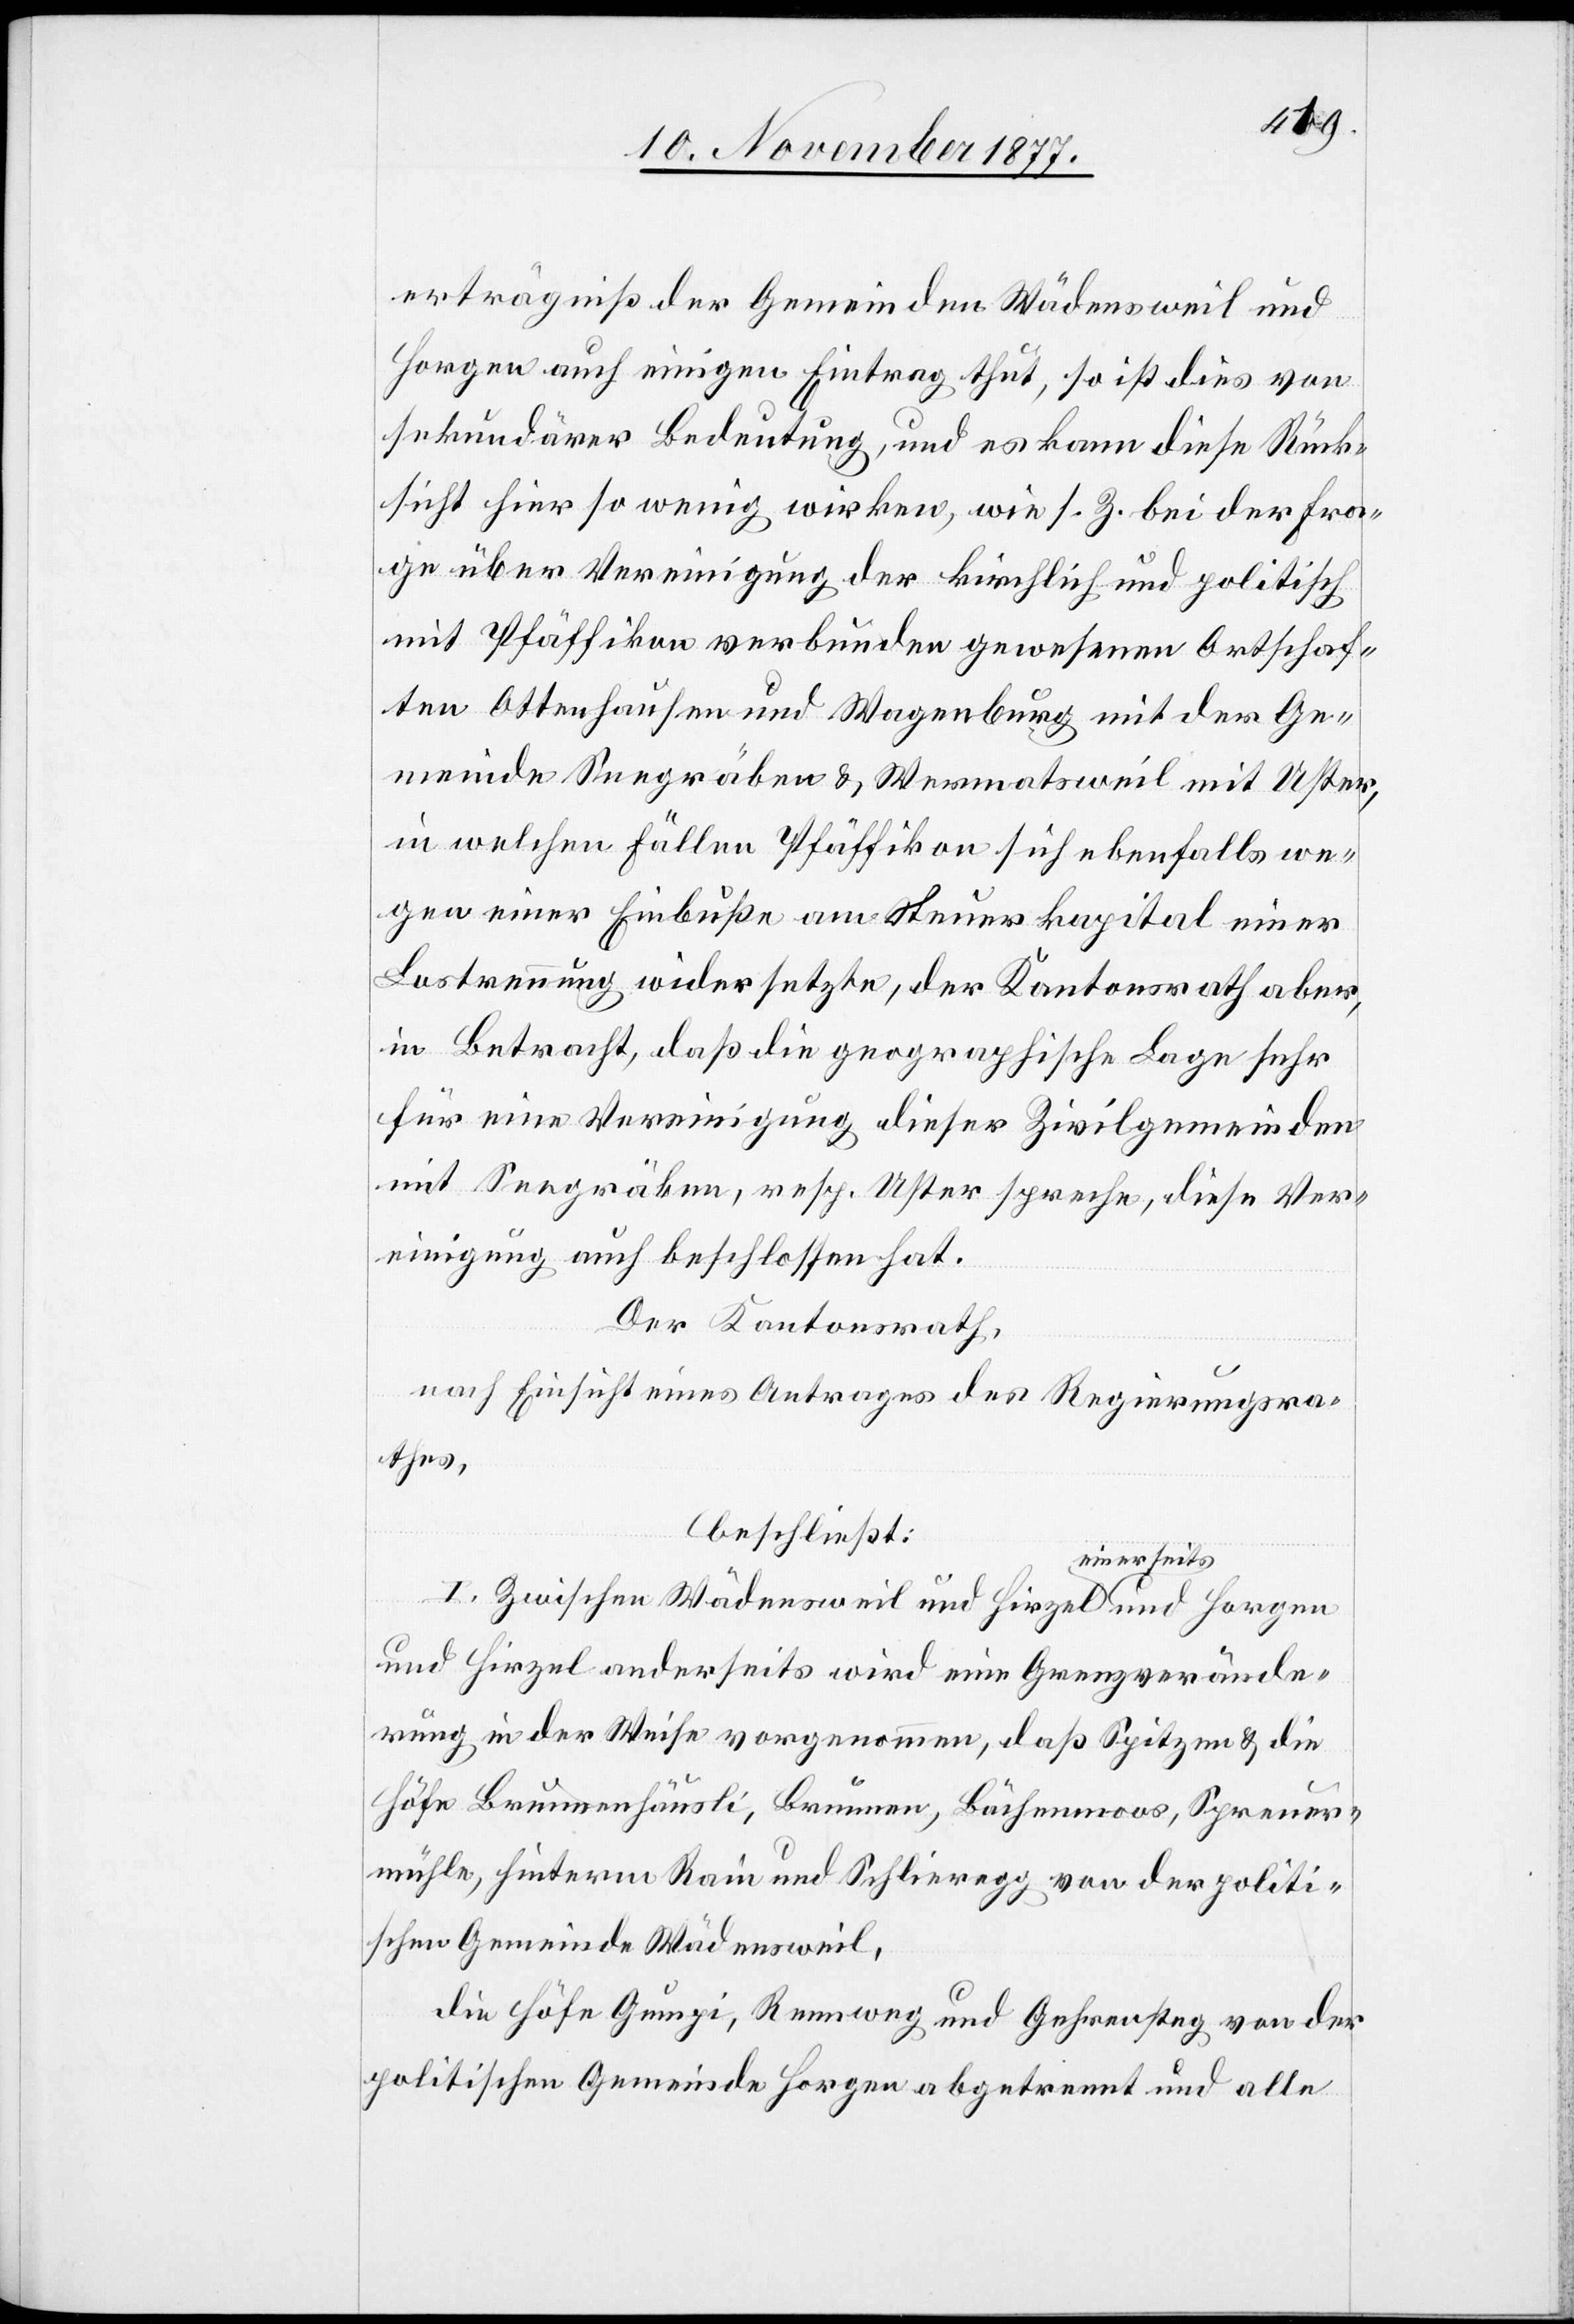
erträgniß der Gemeinden Wädensweil und
Horgen auch einigen Eintrag thut, so ist dies von
sekundärer Bedeutung, und es kann diese Rück¬
sicht hier so wenig wirken, wie s. Z. bei der Fra¬
ge über Vereinigung der kirchlich und politisch
mit Pfäffikon verbunden gewesenen Ortschaf¬
ten Ottenhausen und Wagenburg mit der Ge¬
meinde Seegräben & Wermatsweil mit Uster,
in welchen Fällen Pfäffikon sich ebenfalls we¬
gen einer Einbuße am Steuerkapital einer
Lostrennung widersetzte, der Kantonsrath aber,
in Betracht, daß die geographische Lage sehr
für eine Vereinigung dieser Zivilgemeinden
mit Seegräben, resp. Uster spreche, diese Ver¬
einigung auch beschlossen hat.
Der Kantonsrath,
nach Einsicht eines Antrages des Regierungsra¬
thes,
beschließt:
I. Zwischen Wädensweil und Hirzel einerseits
und Hirzel anderseits wird eine Grenzverände¬
rung in der Weise vorgenommen, daß Spitzen & die
Höfe Brunnenhäusli, Brunnen, Bächenmoos, Spreuer¬
mühle, Hinterm Rain und Schlieregg von der politi¬
schen Gemeinde Wädensweil,
die Höfe Gumpi, Rennweg und Gehrensteg von der
politischen Gemeinde Horgen abgetrennt und alle